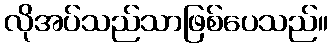
လိုအပ်သည်သာဖြစ်ပေသည်။